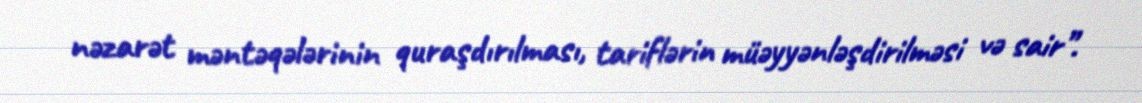
nəzarət məntəqələrinin quraşdırılması, tariflərin müəyyənləşdirilməsi və sair”.